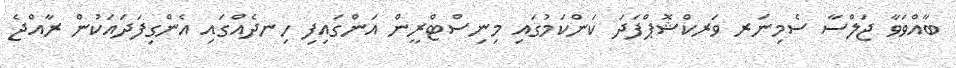
ބާއްވަވާ ޖަލްސާ ސެމިނަރ ވަރކްޝޮޕްފަދަ ކަންކަމުގައި މިނިސްޓްރީން އަންގައިފި ހިނދެއްގައި އެންގިފަދައަކުން ރާއްޖެ